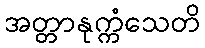
အတ္တာနုက္ကံသေတိ